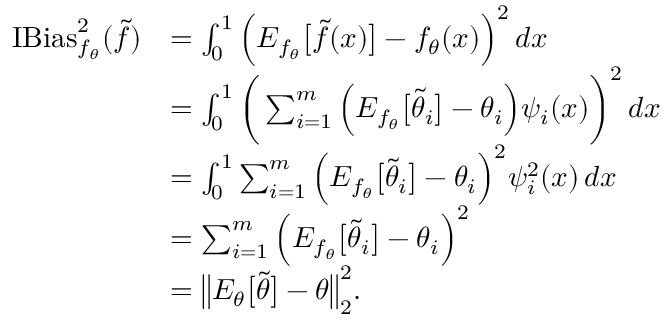
\begin{array} { r l } { \operatorname { I B i a s } _ { f _ { \theta } } ^ { 2 } ( \widetilde f ) } & { = \int _ { 0 } ^ { 1 } \Big ( E _ { f _ { \theta } } \big [ \widetilde f ( x ) \big ] - f _ { \theta } ( x ) \Big ) ^ { 2 } \, d x } \\ & { = \int _ { 0 } ^ { 1 } \bigg ( \sum _ { i = 1 } ^ { m } \Big ( E _ { f _ { \theta } } \big [ \widetilde \theta _ { i } \big ] - \theta _ { i } \Big ) \psi _ { i } ( x ) \bigg ) ^ { 2 } \, d x } \\ & { = \int _ { 0 } ^ { 1 } \sum _ { i = 1 } ^ { m } \Big ( E _ { f _ { \theta } } \big [ \widetilde \theta _ { i } \big ] - \theta _ { i } \Big ) ^ { 2 } \psi _ { i } ^ { 2 } ( x ) \, d x } \\ & { = \sum _ { i = 1 } ^ { m } \Big ( E _ { f _ { \theta } } \big [ \widetilde \theta _ { i } \big ] - \theta _ { i } \Big ) ^ { 2 } } \\ & { = \big \| E _ { \theta } \big [ \widetilde \theta \big ] - \theta \big \| _ { 2 } ^ { 2 } . } \end{array}